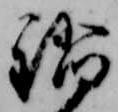
蹈